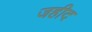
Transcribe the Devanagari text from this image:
जहीद